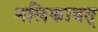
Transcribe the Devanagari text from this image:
नलिकावत्‌